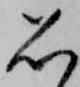
思